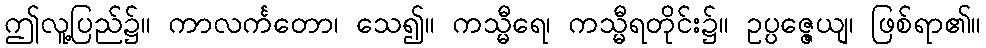
ဤလူ့ပြည်၌။ ကာလင်္ကတော၊ သေ၍။ ကသ္မီရေ၊ ကသ္မီရတိုင်း၌။ ဥပ္ပဇ္ဇေယျ၊ ဖြစ်ရာ၏။